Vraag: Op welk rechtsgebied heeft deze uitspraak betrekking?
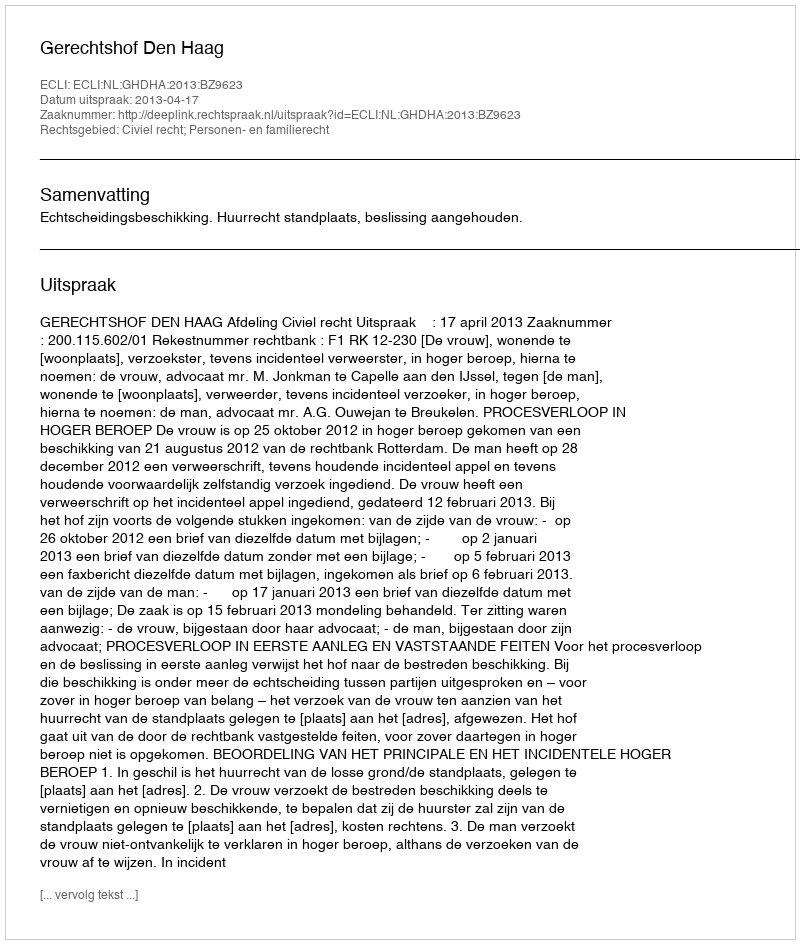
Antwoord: Civiel recht; Personen- en familierecht